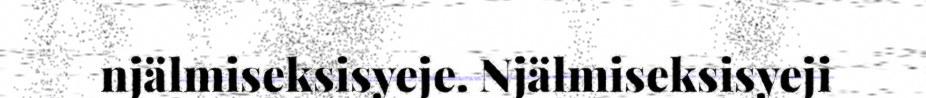
njälmiseksisyeje. Njälmiseksisyeji